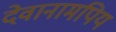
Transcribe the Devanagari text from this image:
देवानामपिय